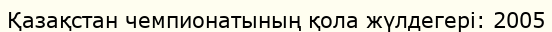
Қазақстан чемпионатының қола жүлдегері: 2005